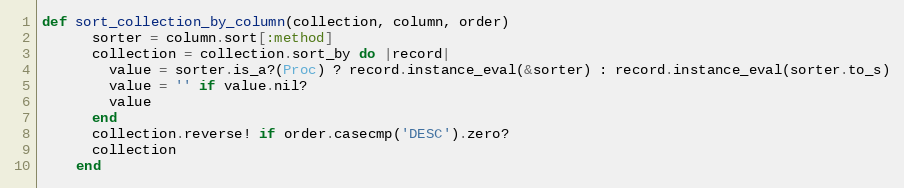
Language: Ruby
def sort_collection_by_column(collection, column, order)
      sorter = column.sort[:method]
      collection = collection.sort_by do |record|
        value = sorter.is_a?(Proc) ? record.instance_eval(&sorter) : record.instance_eval(sorter.to_s)
        value = '' if value.nil?
        value
      end
      collection.reverse! if order.casecmp('DESC').zero?
      collection
    end